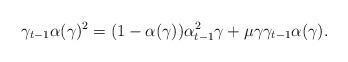
LaTeX: \begin{align*} \gamma_{t-1}\alpha(\gamma)^2=(1-\alpha(\gamma))\alpha_{t-1}^2\gamma+\mu\gamma\gamma_{t-1}\alpha(\gamma).\end{align*}